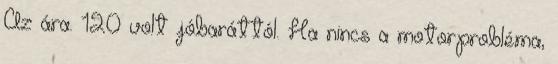
Az ára. 120 volt jóbaráttól. Ha nincs a motorprobléma,